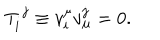
T _ { i } ^ { ~ j } \equiv v _ { i } ^ { \mu } v _ { \mu } ^ { j } = 0 .